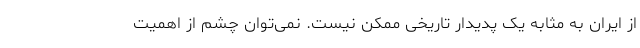
از ایران به مثابه یک پدیدار تاریخی ممکن نیست. نمی‌توان چشم از اهمیت